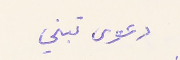
دعوى تبني